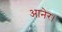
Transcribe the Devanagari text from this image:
आनेर।